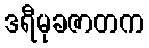
ဒရီမုခဇာတက